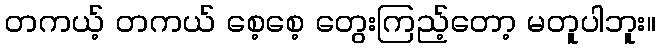
တကယ့် တကယ် စေ့စေ့ တွေးကြည့်တော့ မတူပါဘူး။